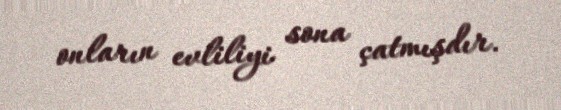
onların evliliyi sona çatmışdır.